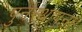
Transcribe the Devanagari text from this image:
पुर्नस्‍थापना